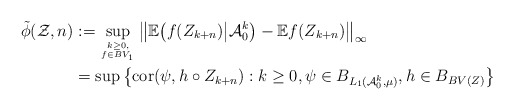
\begin{align*}\tilde \phi(\mathcal Z, n)&:= \sup_{k\geq 0, \atop f \in BV_1} \big\| \mathbb{E} \bigl( f(Z_{k+n} )\big| \mathcal A_0^k \big) - \mathbb{E} f(Z_{k+n}) \big\|_{\infty} \\ &= \sup \big \{ \mathrm{cor}(\psi, h \circ Z_{k+n}) : k \geq 0, \psi \in B_{L_1(\mathcal A_0^k, \mu)}, h \in B_{BV(Z)} \bigr\}\end{align*}